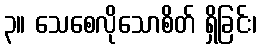
၃။ သေစေလိုသောစိတ် ရှိခြင်း၊